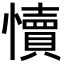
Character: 𭟐